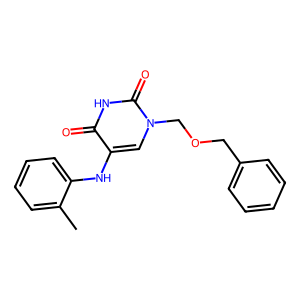
SMILES: Cc1ccccc1Nc1cn(COCc2ccccc2)c(=O)[nH]c1=O
Inhibits HIV replication: No